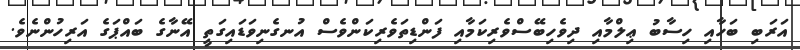
އަރަބި ބަހާއި ހިސާބު ޢިލްމާއި ދިވެހިބޭސްވެރިކަމާއި ފަންޑިތަވެރިކަންވެސް އުނގެނިވަޑައިގަތީ އޭނާގެ ބައްޕަގެ އަރިހުންނެވެ.